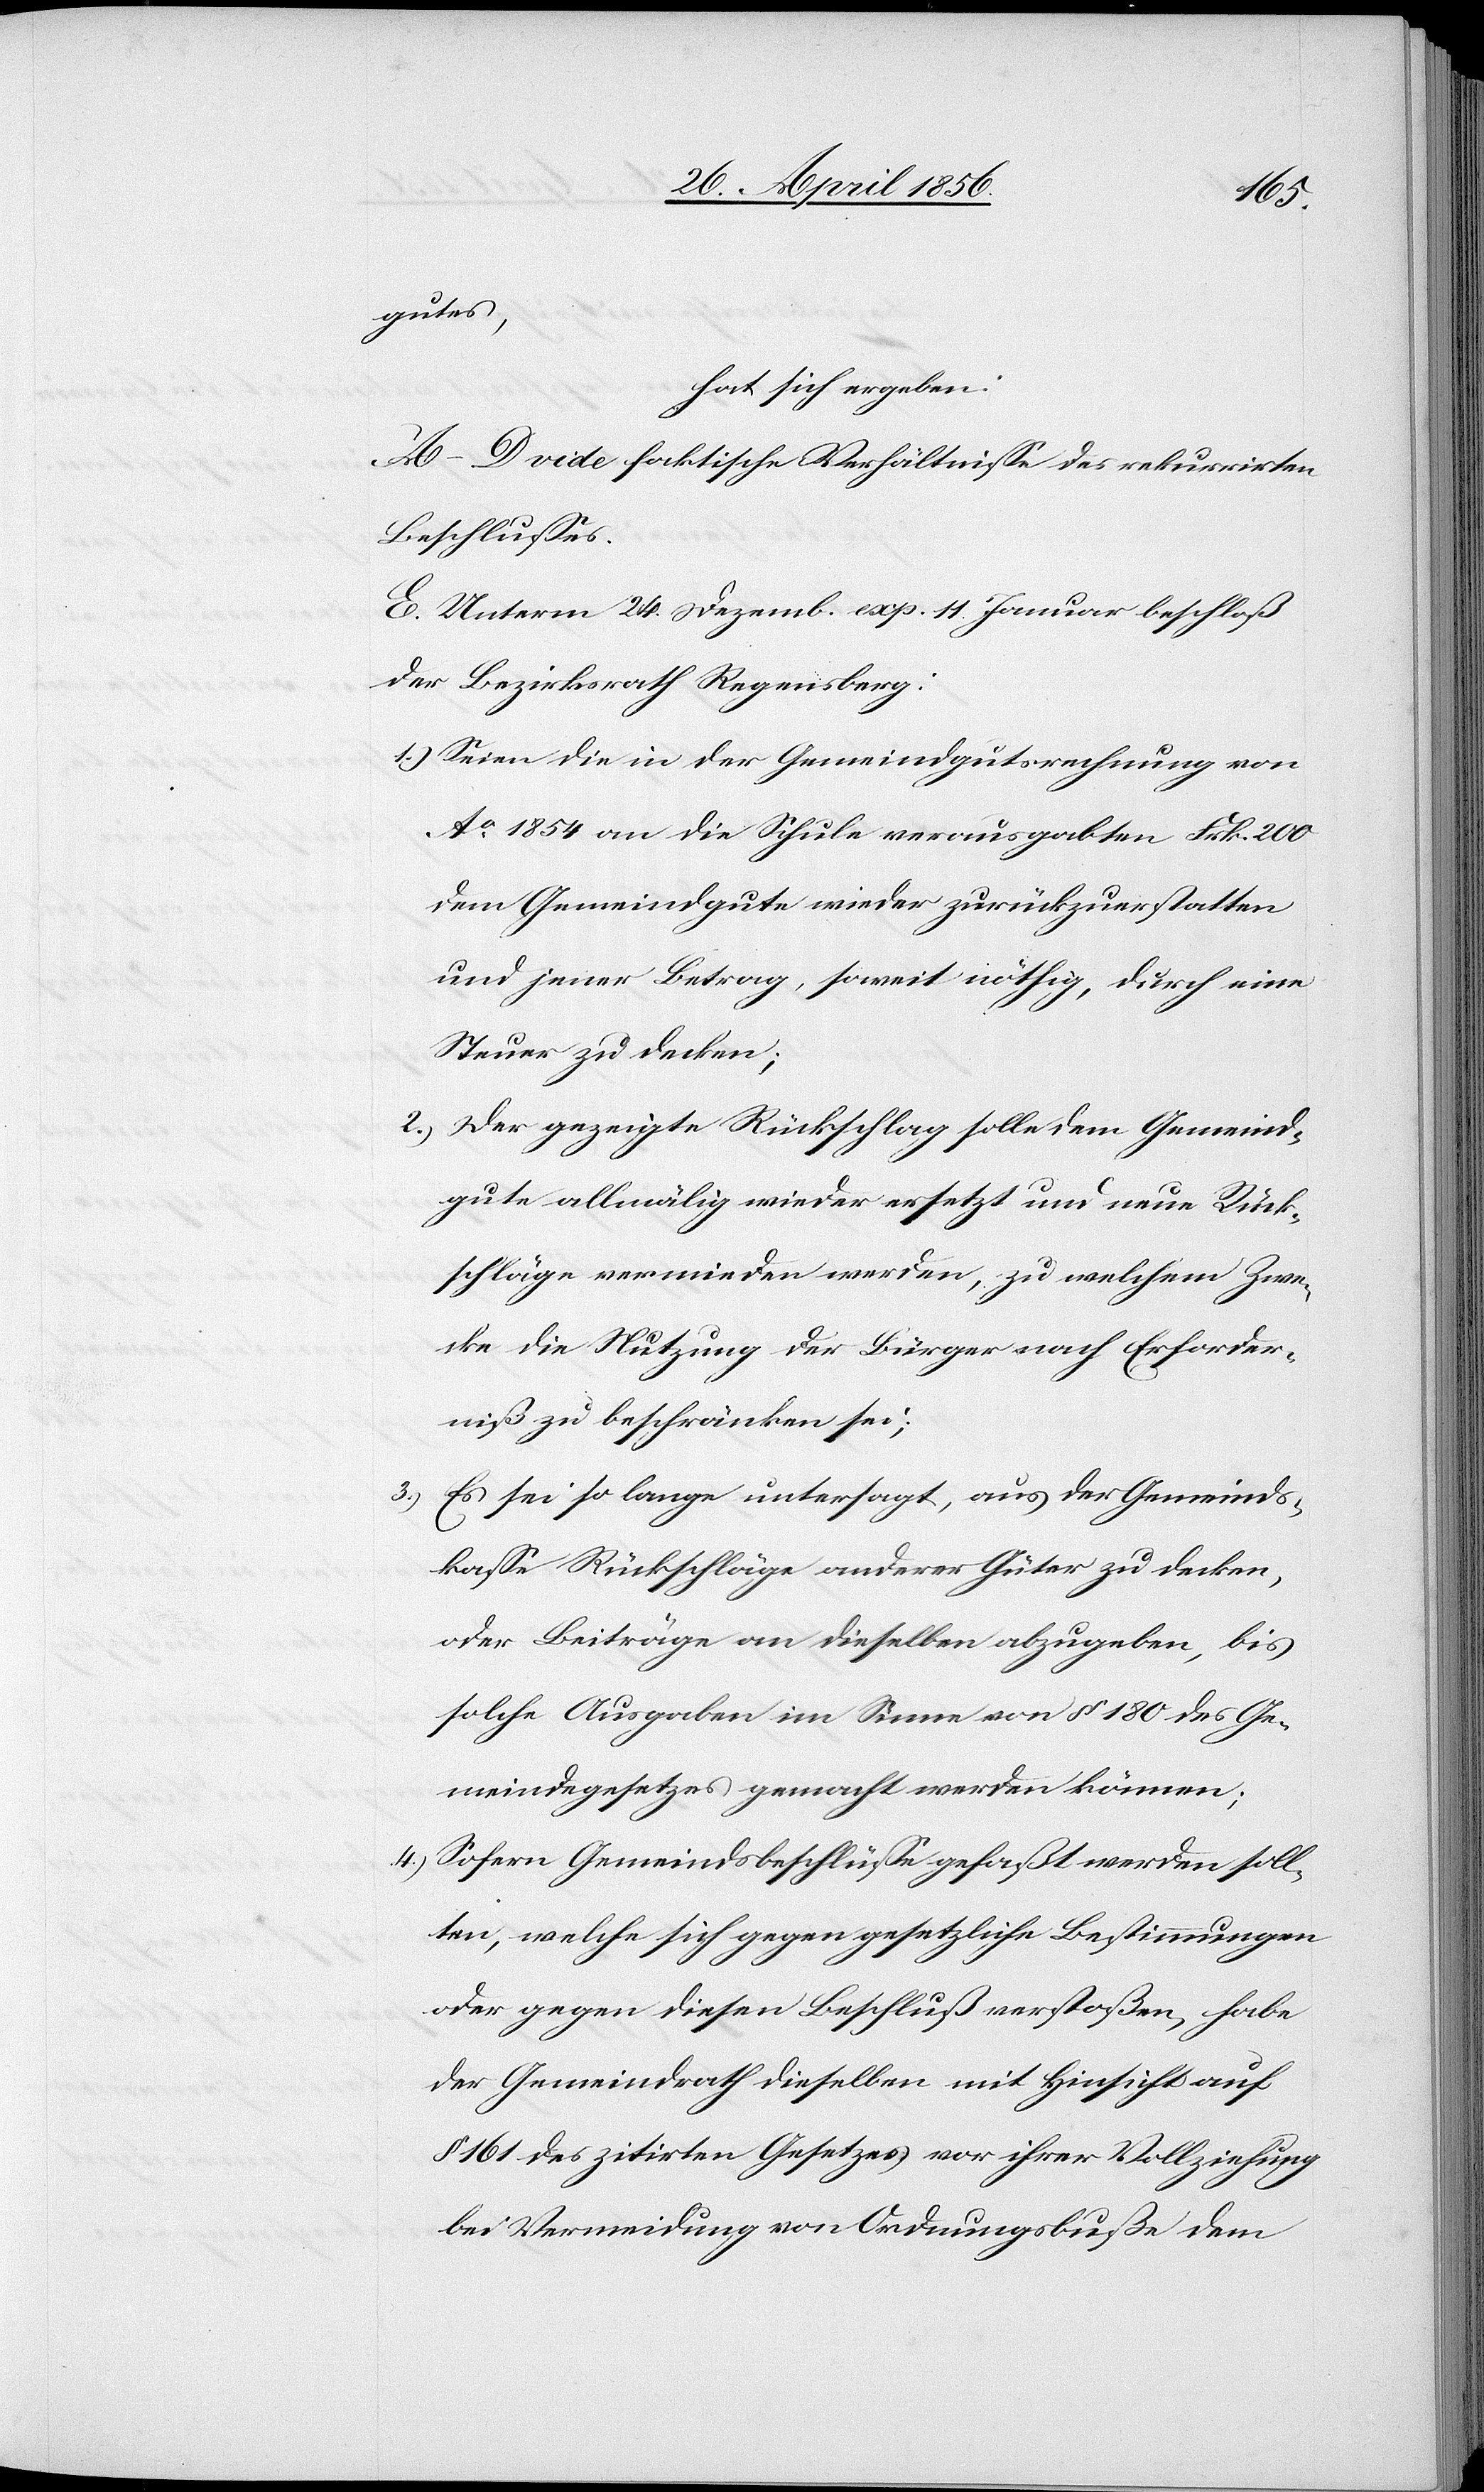
gutes,
hat sich ergeben:
A–D[.] vide faktische Verhältniße des rekurrirten
Beschlusses.
E. Unterm 24. Dezemb. exp. 11. Januar beschloß
der Bezirksrath Regensberg:
1.) Seien die in der Gemeindgutsrechnung von
No 1854 an die Schule verausgabten Frk. 200
dem Gemeindgute wieder zurückzuerstatten
und jener Betrag, soweit nöthig, durch eine
Steuer zu decken;
2.) Der gezeigte Rückschlag solle dem Gemeind¬
gute allmälig wieder ersetzt und neue Rück¬
schläge vermieden werden, zu welchem Zwe¬
cke die Nutzung der Bürger nach Erforder¬
niß zu beschränken sei;
3.) Es sei so lange untersagt, aus der Gemeinds¬
kasse Rückschläge anderer Güter zu decken,
oder Beiträge an dieselben abzugeben, bis
solche Ausgaben im Sinne von § 180 des Ge¬
meindegesetzes gemacht werden können;
4.) Sofern Gemeindsbeschlüsse gefaßt werden soll¬
ten, welche sich gegen gesetzliche Bestimmungen
oder gegen diesen Beschluß verstoßen, habe
der Gemeindrath dieselben mit Hinsicht auf
§ 161 des zitirten Gesetzes vor ihrer Vollziehung
bei Vermeidung von Ordnungsbuße dem